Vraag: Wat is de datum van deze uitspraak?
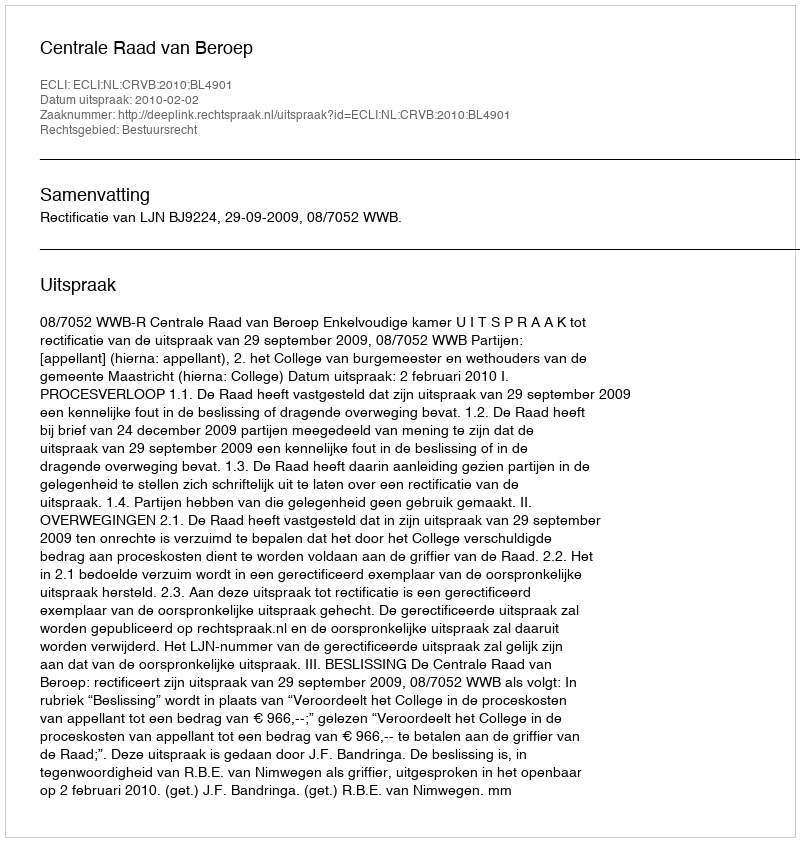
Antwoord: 2010-02-02